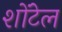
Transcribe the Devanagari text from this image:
शोंटेल